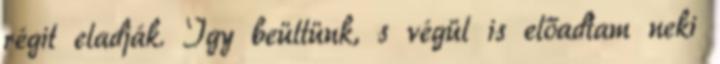
régit eladják. Így beültünk, s végül is előadtam neki